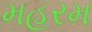
મહરમ